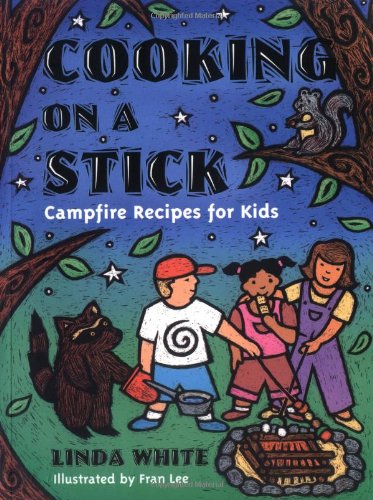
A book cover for Cooking On A Stick: Campfire Recipes for Kids (Acitvities for Kids); Linda White; Cookbooks, Food & Wine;